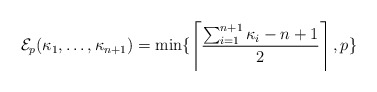
\begin{align*}\mathcal{E}_p(\kappa_1, \ldots, \kappa_{n+1}) = \mathrm{min}\{ \left \lceil \frac{\sum_{i=1}^{n+1} \kappa_i - n +1 }{2} \right\rceil, p\}\end{align*}